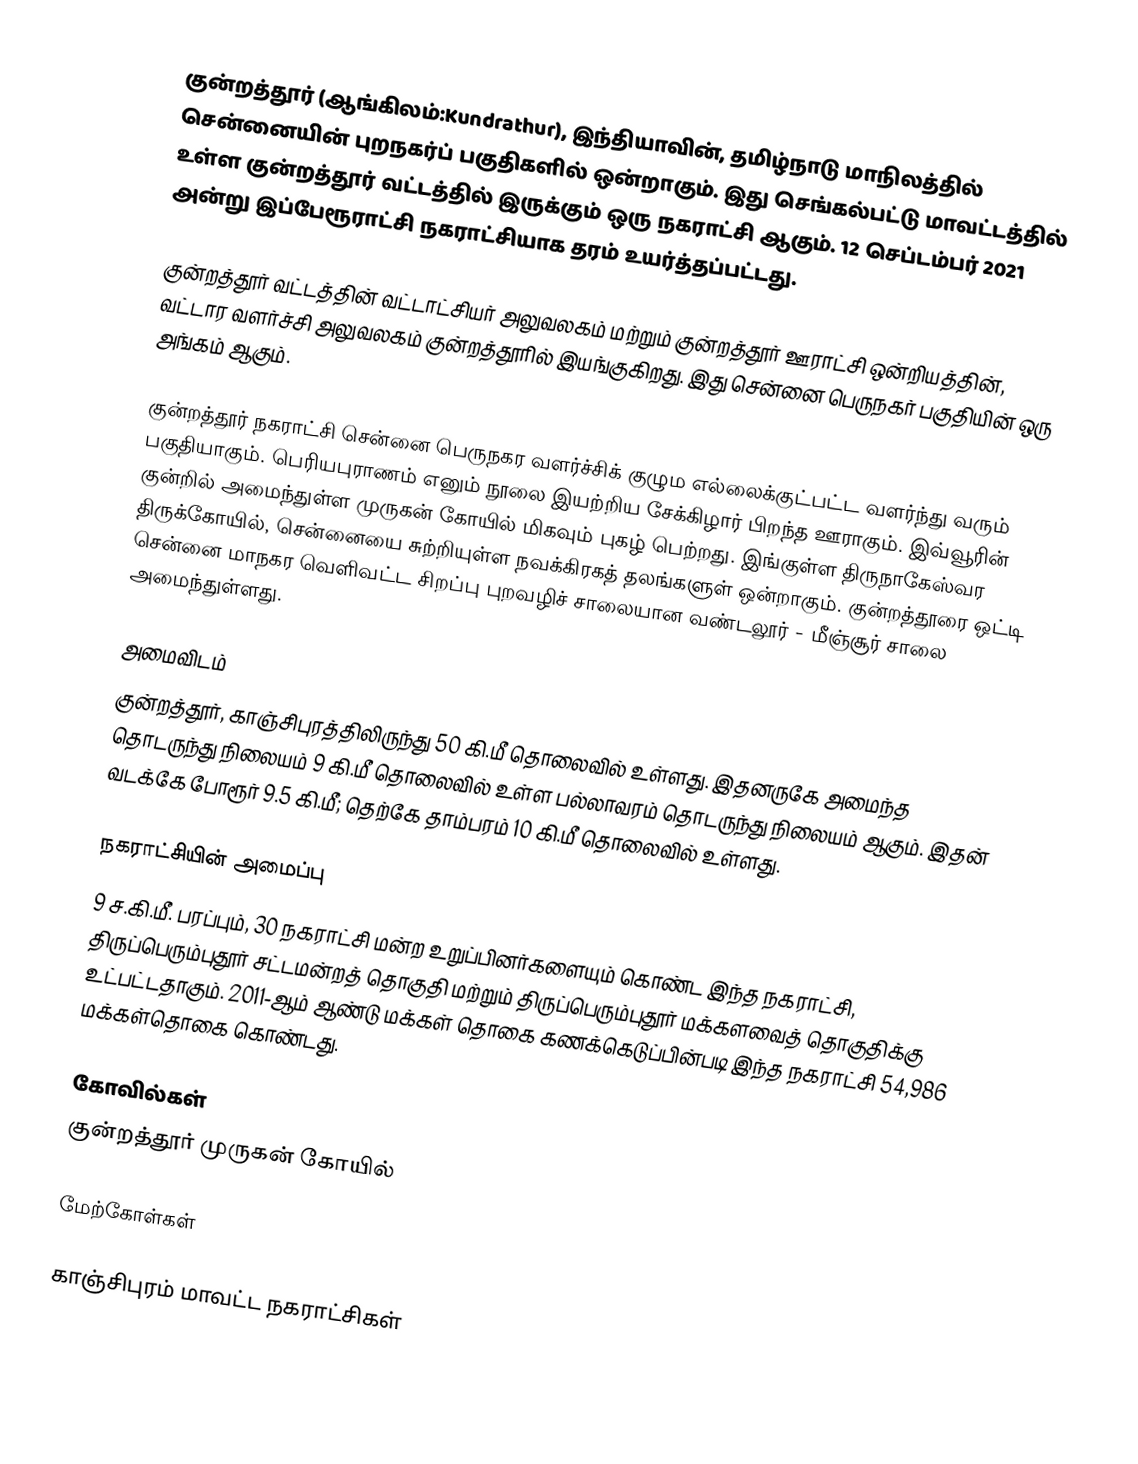
குன்றத்தூர் (ஆங்கிலம்:Kundrathur), இந்தியாவின், தமிழ்நாடு மாநிலத்தில் சென்னையின் புறநகர்ப் பகுதிகளில் ஒன்றாகும். இது செங்கல்பட்டு மாவட்டத்தில் உள்ள குன்றத்தூர் வட்டத்தில்  இருக்கும் ஒரு நகராட்சி ஆகும். 12 செப்டம்பர் 2021 அன்று இப்பேரூராட்சி நகராட்சியாக தரம் உயர்த்தப்பட்டது.

குன்றத்தூர் வட்டத்தின் வட்டாட்சியர் அலுவலகம் மற்றும் குன்றத்தூர் ஊராட்சி ஒன்றியத்தின், வட்டார வளர்ச்சி அலுவலகம் குன்றத்தூரில் இயங்குகிறது. இது சென்னை பெருநகர் பகுதியின் ஒரு அங்கம் ஆகும்.

குன்றத்தூர் நகராட்சி சென்னை பெருநகர வளர்ச்சிக் குழும எல்லைக்குட்பட்ட வளர்ந்து வரும் பகுதியாகும். பெரியபுராணம் எனும் நூலை இயற்றிய சேக்கிழார் பிறந்த ஊராகும். இவ்வூரின் குன்றில் அமைந்துள்ள முருகன் கோயில் மிகவும் புகழ் பெற்றது. இங்குள்ள திருநாகேஸ்வர திருக்கோயில், சென்னையை சுற்றியுள்ள நவக்கிரகத் தலங்களுள் ஒன்றாகும். குன்றத்தூரை ஒட்டி சென்னை மாநகர வெளிவட்ட சிறப்பு புறவழிச் சாலையான வண்டலூர் - மீஞ்சூர் சாலை அமைந்துள்ளது.

அமைவிடம்
குன்றத்தூர், காஞ்சிபுரத்திலிருந்து 50 கி.மீ தொலைவில் உள்ளது. இதனருகே அமைந்த தொடருந்து நிலையம் 9 கி.மீ தொலைவில் உள்ள பல்லாவரம் தொடருந்து நிலையம் ஆகும். இதன் வடக்கே போரூர் 9.5 கி.மீ; தெற்கே தாம்பரம் 10 கி.மீ தொலைவில் உள்ளது.

நகராட்சியின் அமைப்பு
9 ச.கி.மீ. பரப்பும், 30 நகராட்சி மன்ற உறுப்பினர்களையும் கொண்ட இந்த நகராட்சி, திருப்பெரும்புதூர் சட்டமன்றத் தொகுதி மற்றும்  திருப்பெரும்புதூர் மக்களவைத் தொகுதிக்கு உட்பட்டதாகும். 2011-ஆம் ஆண்டு மக்கள் தொகை கணக்கெடுப்பின்படி இந்த நகராட்சி 54,986 மக்கள்தொகை கொண்டது.

கோவில்கள்
 குன்றத்தூர் முருகன் கோயில்

மேற்கோள்கள்

காஞ்சிபுரம் மாவட்ட நகராட்சிகள்